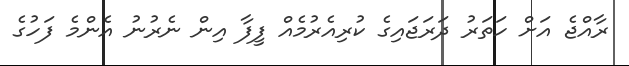
ރާއްޖެ އަށް ހަތަރު ދަރަޖައިގެ ކުރިއެރުމެއް ފީފާ އިން ނެރުނު އެންމެ ފަހުގެ